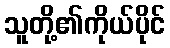
သူတို့၏ကိုယ်ပိုင်